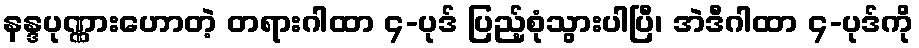
နန္ဒပုဏ္ဏားဟောတဲ့ တရားဂါထာ ၄-ပုဒ် ပြည့်စုံသွားပါပြီ၊ အဲဒီဂါထာ ၄-ပုဒ်ကို